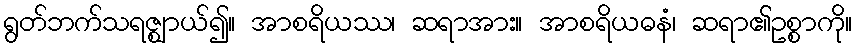
ရွတ်ဘက်သရဇ္ဈာယ်၍။ အာစရိယဿ၊ ဆရာအား။ အာစရိယဓနံ၊ ဆရာ၏ဥစ္စာကို။